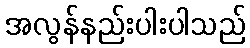
အလွန်နည်းပါးပါသည်